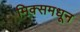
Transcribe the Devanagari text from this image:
मिक्समधून